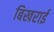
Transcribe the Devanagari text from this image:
बिखराई